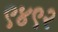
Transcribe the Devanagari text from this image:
९४९२